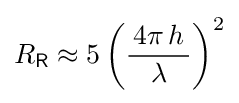
R_{\mathsf {R}}\approx 5\left({\frac {\,4\pi \,h\,}{\lambda }}\right)^{2}